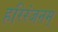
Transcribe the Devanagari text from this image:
हरिरंजनम्